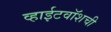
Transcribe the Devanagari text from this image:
व्हाईटवॉशची